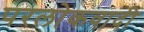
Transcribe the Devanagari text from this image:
परलोकवादी